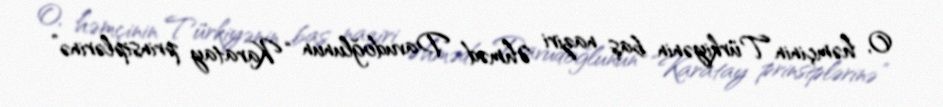
O, həmçinin Türkiyənin baş naziri Əhməd Davudoğlunun “Karatay prinsiplərinə”